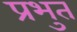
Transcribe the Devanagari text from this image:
प्रभुत